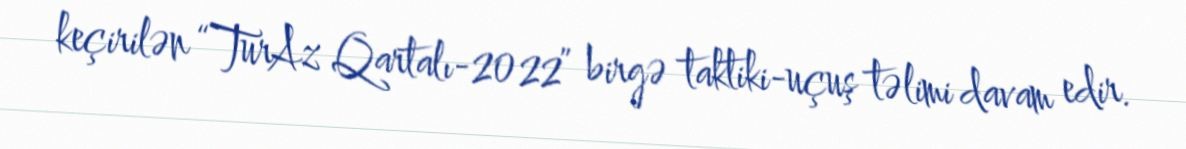
keçirilən “TurAz Qartalı-2022” birgə taktiki-uçuş təlimi davam edir.